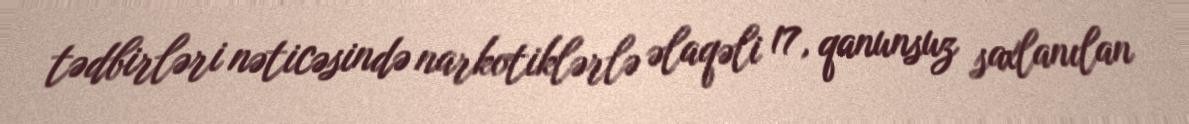
tədbirləri nəticəsində narkotiklərlə əlaqəli 17, qanunsuz saxlanılan